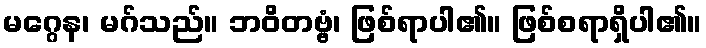
မဂ္ဂေန၊ မဂ်သည်။ ဘဝိတဗ္ဗံ၊ ဖြစ်ရာပါ၏။ ဖြစ်စရာရှိပါ၏။